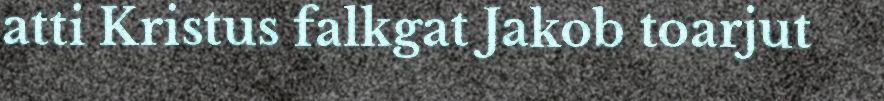
atti Kristus falkgat Jakob toarjut